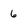
Character: 6